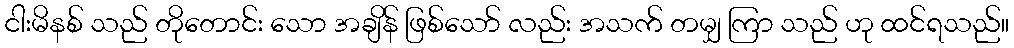
ငါးမိနစ် သည် တိုတောင်း သော အချိန် ဖြစ်သော် လည်း အသက် တမျှ ကြာ သည် ဟု ထင်ရသည်။